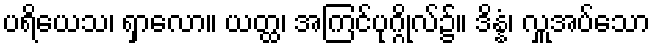
ပရိယေသ၊ ရှာလော။ ယတ္ထ၊ အကြင်ပုဂ္ဂိုလ်၌။ ဒိန္နံ၊ လှူအပ်သော